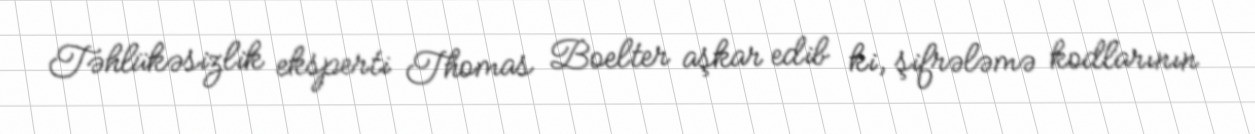
Təhlükəsizlik eksperti Thomas Boelter aşkar edib ki, şifrələmə kodlarının